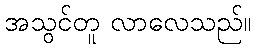
အသွင်တူ လာလေသည်။